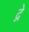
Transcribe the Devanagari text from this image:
द्ने